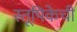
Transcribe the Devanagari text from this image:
स्तूपिकेची